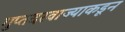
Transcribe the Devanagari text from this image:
गुप्तदरवाज्याकडून